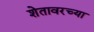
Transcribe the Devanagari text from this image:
शेतावरच्या